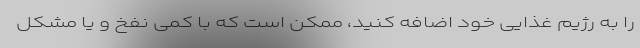
را به رژیم غذایی خود اضافه کنید، ممکن است که با کمی نفخ و یا مشکل